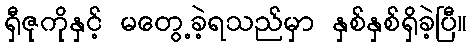
ရှီဇုကိုနှင့် မတွေ့ခဲ့ရသည်မှာ နှစ်နှစ်ရှိခဲ့ပြီ။